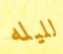
لليله